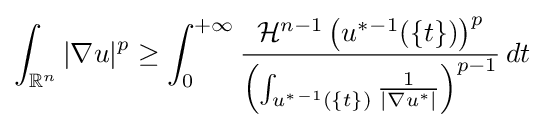
\int _{\mathbb {R} ^{n}}|\nabla u|^{p}\geq \int _{0}^{+\infty }{\frac {{\mathcal {H}}^{n-1}\left(u^{*}{}^{-1}(\{t\})\right)^{p}}{\left(\int _{u^{*}{}^{-1}(\{t\})}{\frac {1}{|\nabla u^{*}|}}\right)^{p-1}}}\,dt